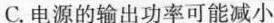
C.电源的输出功率可能减小